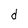
Character: d